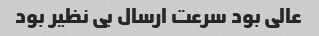
عالی بود سرعت ارسال بی نظیر بود